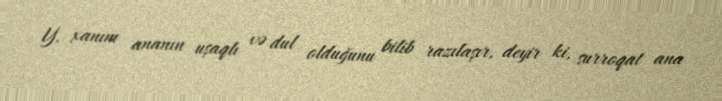
Y. xanım ananın uşaqlı və dul olduğunu bilib razılaşır, deyir ki, surroqat ana